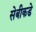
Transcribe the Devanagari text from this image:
सेबीकडे